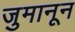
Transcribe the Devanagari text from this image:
जुमानून